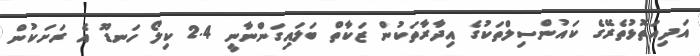
އަދިއަތޮޅުތެރޭގެ ކައުންސިލްތަކުގެ އިދާރާތަކުން ޒަކާތް ބަލައިގަންނާނީ 2.4 ކިލޯ ހަނޑޫ އެ ރަށަކުން